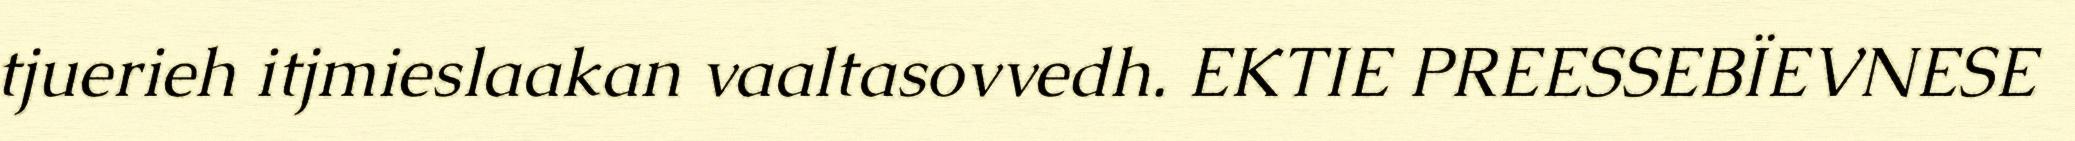
tjuerieh itjmieslaakan vaaltasovvedh. EKTIE PREESSEBÏEVNESE